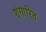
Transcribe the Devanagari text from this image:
शृंगारित